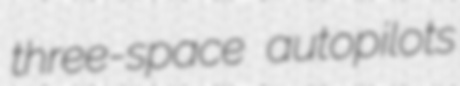
three-space autopilots